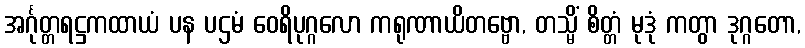
အင်္ဂုတ္တရဋ္ဌကထာယံ ပန ပဌမံ ဝေရိပုဂ္ဂလော ကရုဏာယိတဗ္ဗော, တသ္မိံ စိတ္တံ မုဒုံ ကတွာ ဒုဂ္ဂတော,